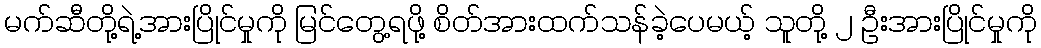
မက်ဆီတို့ရဲ့အားပြိုင်မှုကို မြင်တွေ့ရဖို့ စိတ်အားထက်သန်ခဲ့ပေမယ့် သူတို့ ၂ ဦးအားပြိုင်မှုကို